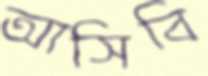
আসিবি